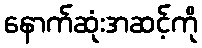
နောက်ဆုံးအဆင့်ကို